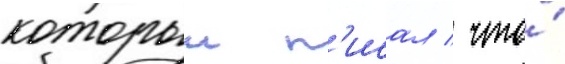
которыи п'исал / что́